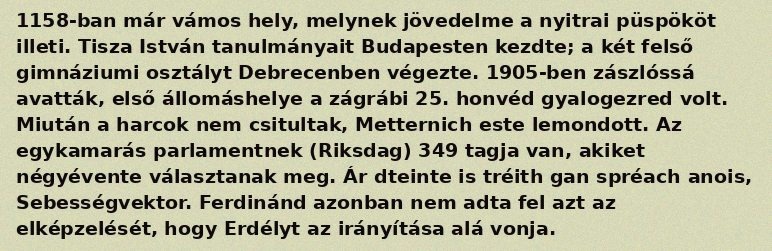
1158-ban már vámos hely, melynek jövedelme a nyitrai püspököt illeti. Tisza István tanulmányait Budapesten kezdte; a két felső gimnáziumi osztályt Debrecenben végezte. 1905-ben zászlóssá avatták, első állomáshelye a zágrábi 25. honvéd gyalogezred volt. Miután a harcok nem csitultak, Metternich este lemondott. Az egykamarás parlamentnek (Riksdag) 349 tagja van, akiket négyévente választanak meg. Ár dteinte is tréith gan spréach anois, Sebességvektor. Ferdinánd azonban nem adta fel azt az elképzelését, hogy Erdélyt az irányítása alá vonja.